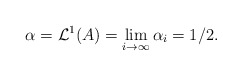
\begin{align*}\alpha=\mathcal L^1(A) =\lim_{i\to\infty}\alpha_i=1/2.\end{align*}